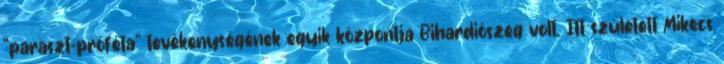
"paraszt-próféta" tevékenységének egyik központja Bihardiószeg volt. Itt született Mikecs